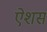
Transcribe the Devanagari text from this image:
ऐशस